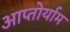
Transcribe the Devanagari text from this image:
आप्‍तोर्याम